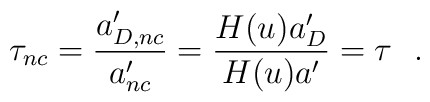
\tau_{nc}={a_{D,nc}'\over a_{nc}'}={H(u)a_{D}'\over H(u) a'}=\tau\ \ .